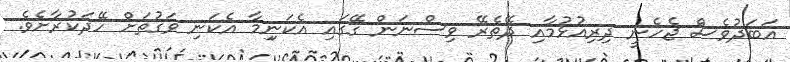
އަބަދުވެސް ޖެހެނީ ދިރިއުޅުމާއި ދޭތެރޭ ވިސްނަން ގޭގައި އެކަނިިމާ އެކަނި ވަގުތަށް ހޭދަކުރާށެވެ.